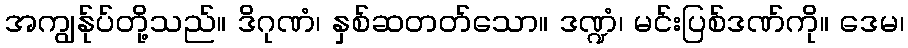
အကျွန်ုပ်တို့သည်။ ဒိဂုဏံ၊ နှစ်ဆတတ်သော။ ဒဏ္ဍံ၊ မင်းပြစ်ဒဏ်ကို။ ဒေမ၊